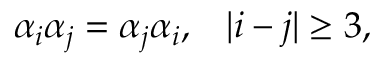
\begin{array} { c c } { { \alpha _ { i } \alpha _ { j } = \alpha _ { j } \alpha _ { i } , } } & { { | i - j | \geq 3 , } } \end{array}